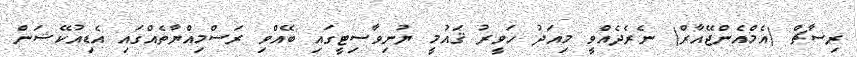
ރިސާޗް (އެމްއެންޖޭއާރް) ނެރެދެއްވީ މިއަދު ހަވީރު ޤައުމީ ޔުނިވާސިޓީގައި ބޭއްވި ރަސްމިއްޔާތެއްގައި އެޑިއުކޭޝަން